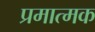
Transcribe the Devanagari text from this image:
प्रमात्मक